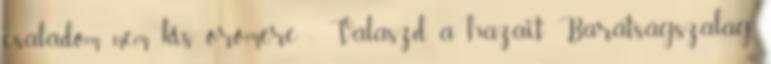
családom nem kis örömére : Válaszd a hazait Barátságszalag